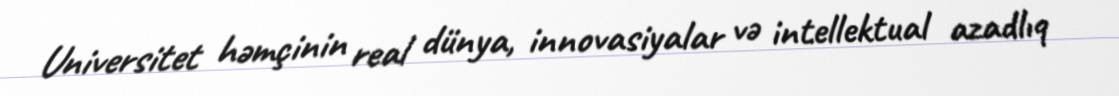
Universitet həmçinin real dünya, innovasiyalar və intellektual azadlıq